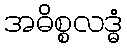
အဓိစ္စလဒ္ဓံ